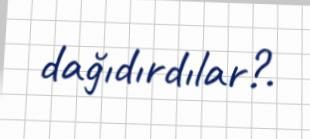
dağıdırdılar?.